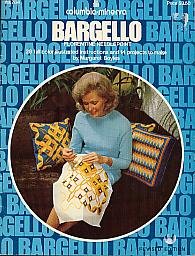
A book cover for Bargello: Florentine Needlepoint, Columbia-Minerva Vol. 784; Margaret Boyles; Crafts, Hobbies & Home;